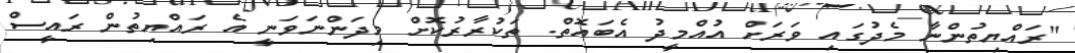
"ރައްޔިތުންނާ މެދުގައި ވަރަށް އުއްމީދު އެބައޮތް. ތަކުރާރުކޮށް މިދަންނަވަނީ އެ ރައްޔިތުން ރައީސް